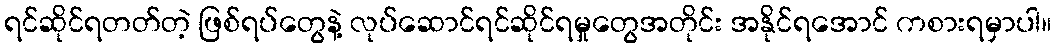
ရင်ဆိုင်ရတတ်တဲ့ ဖြစ်ရပ်တွေနဲ့ လုပ်ဆောင်ရင်ဆိုင်ရမှုတွေအတိုင်း အနိုင်ရအောင် ကစားရမှာပါ။